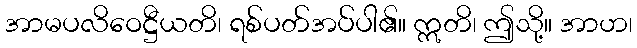
အာမပလိဝေဋ္ဌီယတိ၊ ရစ်ပတ်အပ်ပါ၏။ ဣတိ၊ ဤသို့။ အာဟ၊